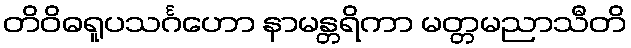
တိဝိဓရူပသင်္ဂဟော နာမန္တရိကာ မတ္တမညာသီတိ